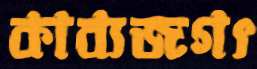
কাব্যজগৎ